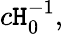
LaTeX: c\mathtt{H}_{0}^{-1},